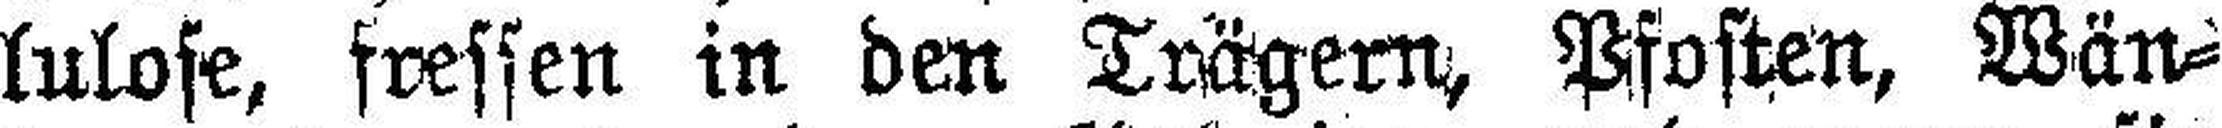
lulose, fressen in den Trägern, Pfosten, Wän¬